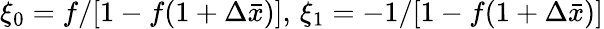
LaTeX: \xi_{0}=f/[1-f(1+\Delta\bar{x})],\, \xi_{1}=-1/[1-f(1+\Delta\bar{x})]